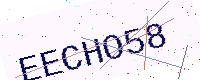
Text: EECHO58